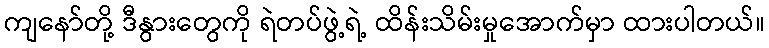
ကျနော်တို့ ဒီနွားတွေကို ရဲတပ်ဖွဲ့ရဲ့ ထိန်းသိမ်းမှုအောက်မှာ ထားပါတယ်။